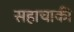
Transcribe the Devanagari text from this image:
सहाचाकी